Salla_vallavalitsus, lk 21
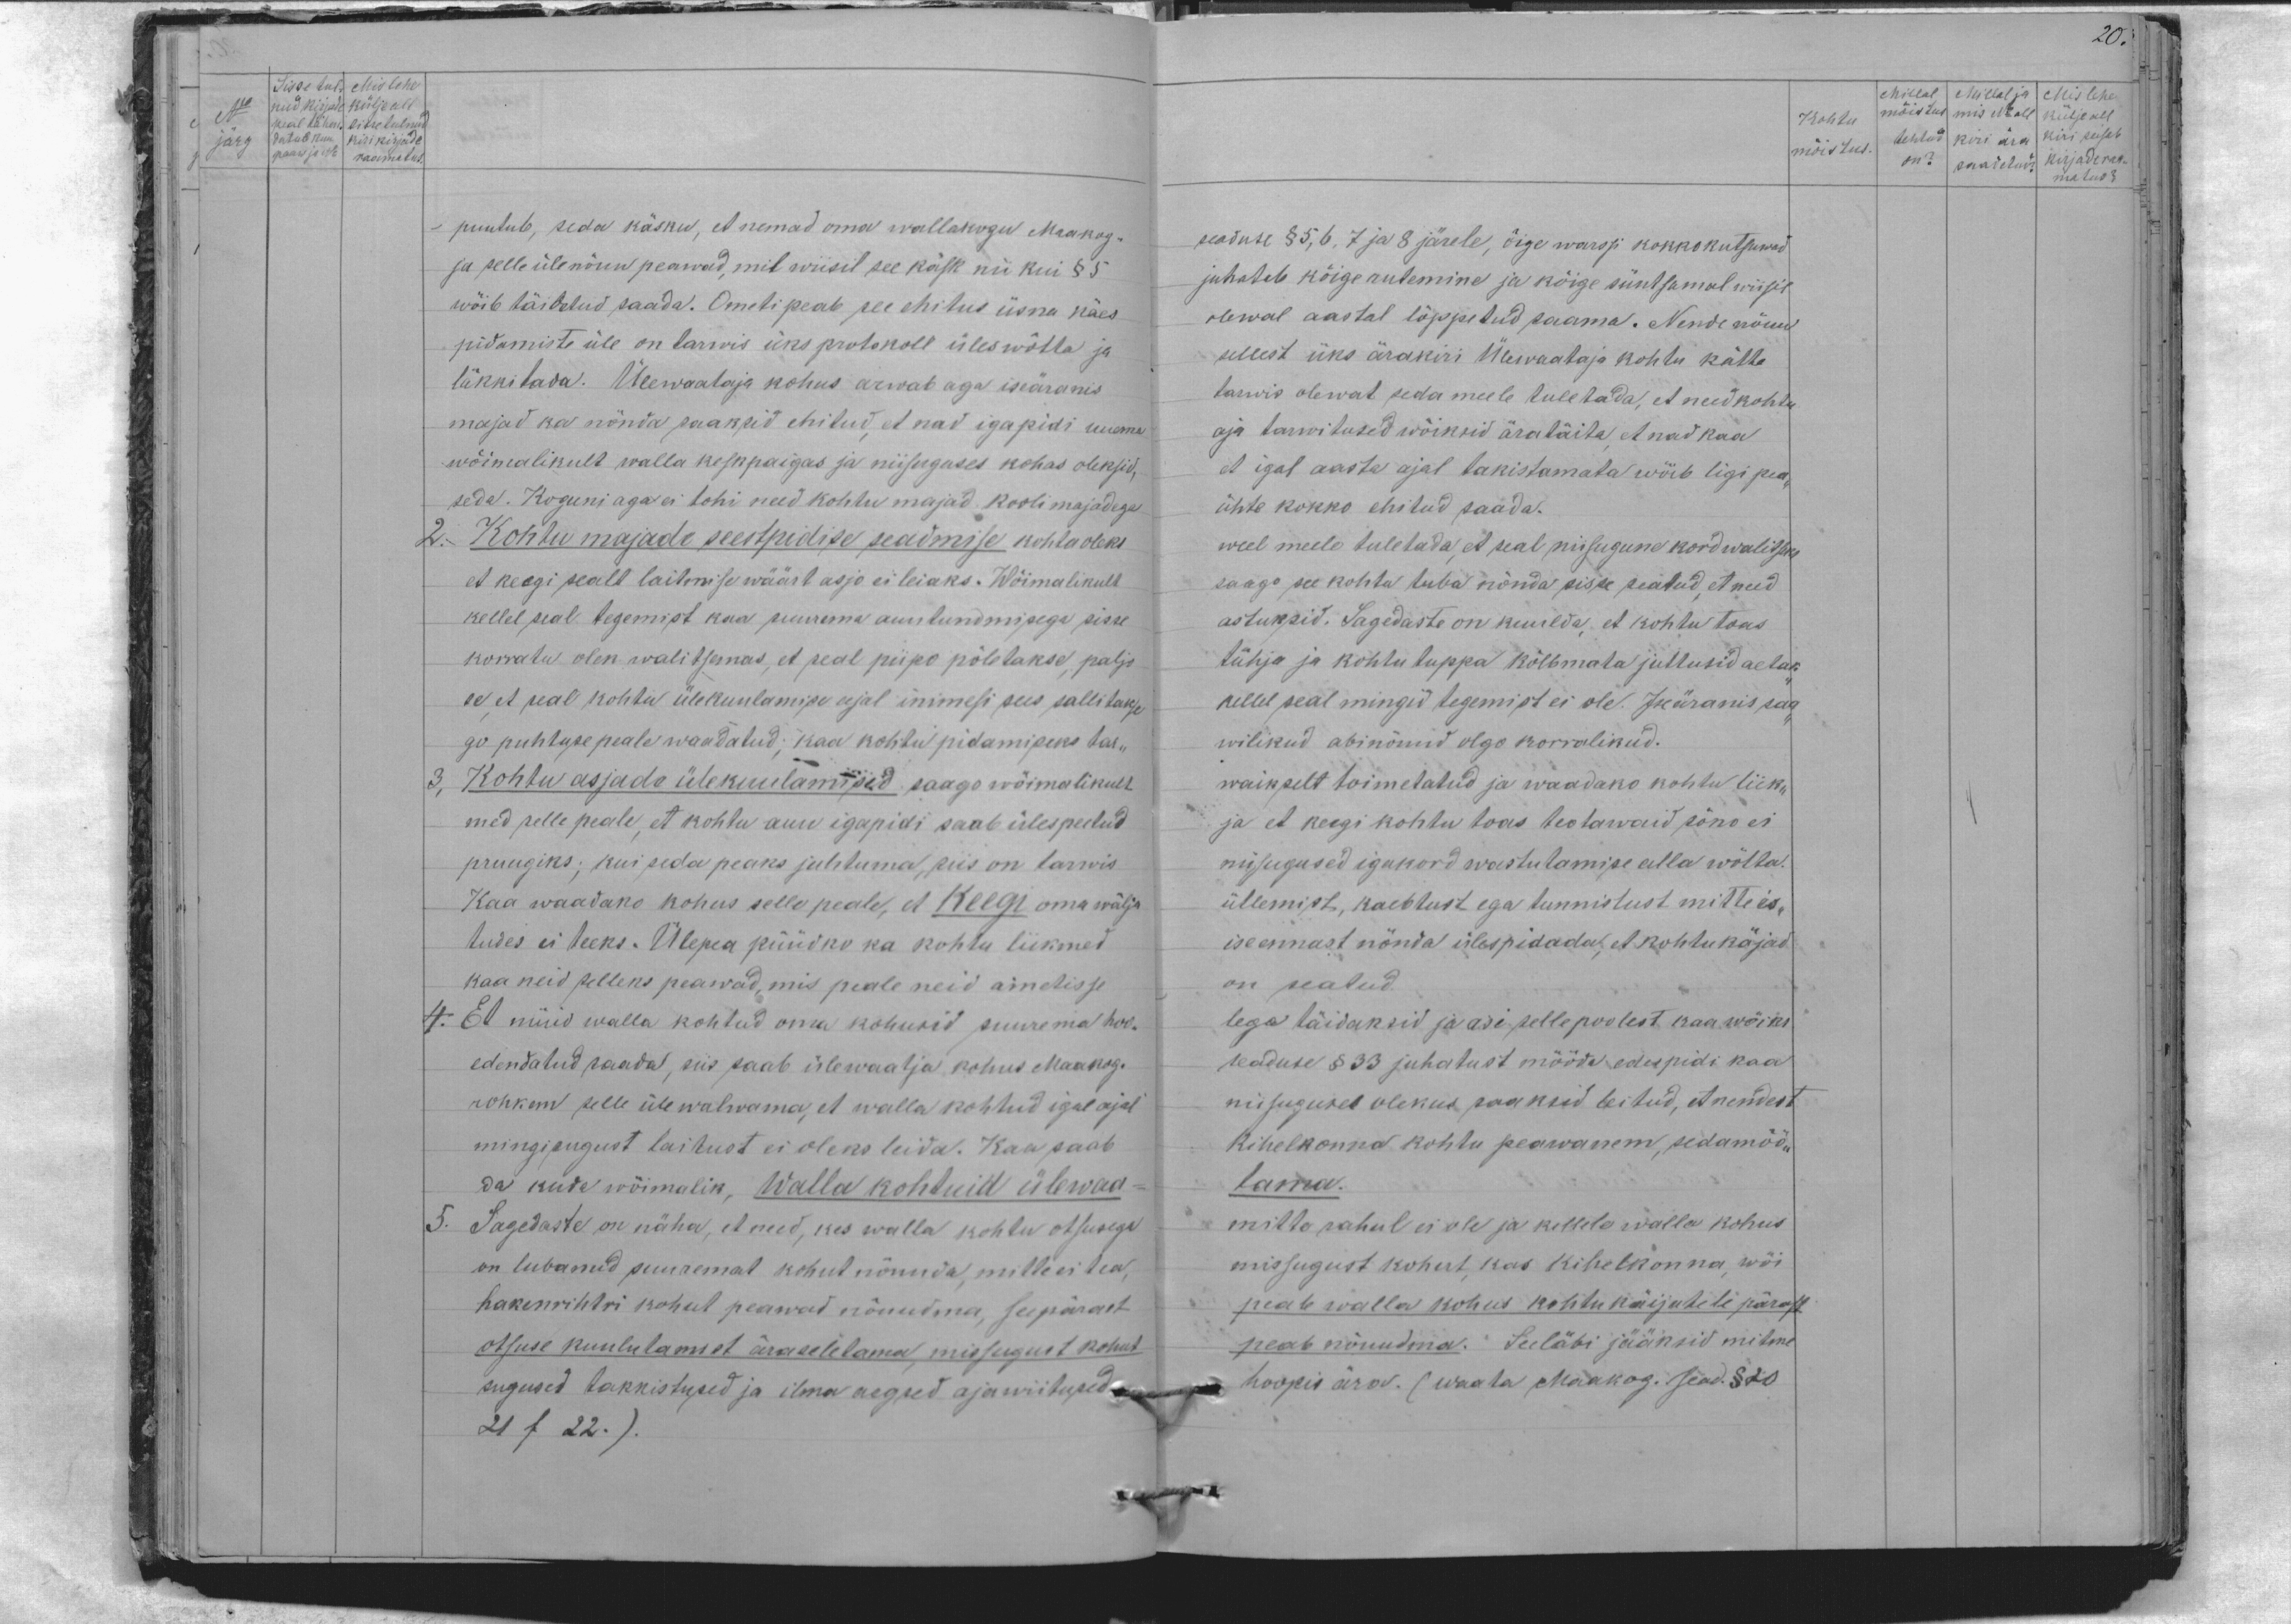
20.

Sisse tul- Mis lehe
No
nud kirjade külje all
järg
peal tähen sisse tulnud
datud kuu kiri kirjade
pääw ja No raamatus.

Millal Millal ja Mis lehe
Kohtu mõistus mis No all külje all
mõistus
tehtud kiri ära kiri seisab
on? saadetud? kirjade raa-
matus ?

puutub, seda käsku, et nemad oma wallakogu Maakog-
ja selle üle nõuu peawad, mil wiisil see käsk nii kui § 5
wõib täitatud saada. Ometi peab see ehitus üsna käes
pidamiste üle on tarwis üks protokoll üleswõtta ja
läkkitada. Ülewaataja kohus arwab aga iseäranis
majad ka nõnda saaksid ehitud, et nad igapidi uuema
wõimalikult walla keskpaigas ja niisuguses kohas oleksid,
seda. Koguni aga ei tohi need kohtu majad kooli majadega
2. - Kohtu majade seestpidise seadmise kohta oleks
et keegi pealt laitmise wäärt asjo ei leiaks. Wõimalikult
kellel seal tegemist kaa suurema auutundmisega sisse
korratu olen walitsemas, et peal piipo põletakse, paljo-
se, et seal kohtu üle kuulamise ajal inimesi sees sallitakse
go puhtuse peale waadatud: kaa kohtu pidamiseks tar-
Kohtu asjade ülekuulamised saago wõimalikult
med selle peale, et kohtu auu igapidi saab ülespeetud
pruugiks; kui seda peaks juhtuma, siis on tarwis
Kaa waadako kohus selle peale, et Keegi oma wälja
tudes ei teeks. Ülepea püüdko ka kohtu liikmed
kaa neid selleks peawad, mis peale neid ametisse
4. Et nüüd walla kohtud oma kohusid suurema hoo-
edendatud saada, siis saab ülewaatja kohus Maakog.
rohkem selle üle walwama, et walla kohhud igal ajal
mingisugust laitust ei oleks leida. Kaa saab
da kuda wõimalik, Walla kohtuid ülewad-
5. Sagedaste on näha, et need, kes walla kohtu otsusega
on lubanud suuremat kohut nõunda, mitte ei tea,
hakenrihtri kohul peawad nõuudma, seepärast
otsuse kuulutamist ära seletama, missugust kohut
sugused takkistused ja ilma aegsed ajawiitused.
21 / 22.).

seaduse § 5, 6, 7 ja 8 järele, õige warsti kokko kutsuwad
juhatab kõige rutemine ja köige süntsamal wiisil
olewal aastal lõppetud saama. Nende nõuul
sellest üks ärakiri Ülevaataja kohtu kätte
tarwis olewat seda meele tuletada, et need kohtu
aja tarwitused wõiksid äratäita et nad kaa
et igal aasta ajal takistamata wõib ligi pea,
ühte kokko ehitud saada.
weel meele tuletada, et seal niisugune kord walitsus
saago see kohta luba nõnda sisse seatud, et need
astuksid. Sagedaste on kuulda, et kohtu toas
tühja ja kohtu tuppa kõlbmata juttusid aetak-
kellel seal mingid tegemist ei ole. Iseäranis saa
wilikud abinõusid olgo korralikud.
waikselt toimetatud ja waadako kohtu liiki-
ja et keegi kohtu toas teotawaid sõno ei
niisugused igakord wastutamise alla wõtta.
üllemist, kaebtust ega tunnistust mitte is-
ise ennast nõnda ülespidada, et kohtu käjad
on seatud.
lega täidaksid ja asi selle poolest kaa wõiks
seaduse § 33 juhatust mõõta edaspidi kaa
niisugutes olekus peaksid leitud, et nendest
Kihelkonna kohtu peawanem, sedamöö-
tama.
mitte rahul ei ole ja kellele walla kohus
missugust kohut, kas kihelkonna wõi
peale walla kohus kohtukäijatele pärast
peab nõuudma. Seeläbi jääksid mitme
hoopis ära. (waata Maakog. Sead. §20